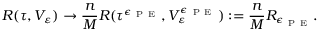
R ( \tau , V _ { \varepsilon } ) \rightarrow \frac { n } { M } R ( \tau ^ { \epsilon _ { \mathrm { ~ P ~ E ~ } } } , V _ { \varepsilon } ^ { \epsilon _ { \mathrm { ~ P ~ E ~ } } } ) : = \frac { n } { M } R _ { \epsilon _ { \mathrm { ~ P ~ E ~ } } } .